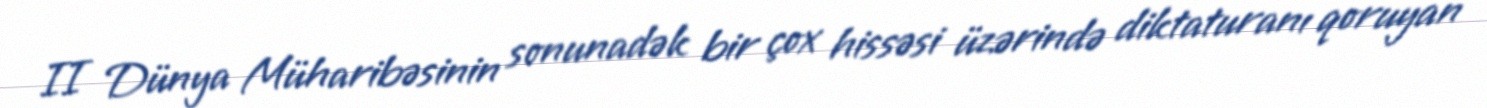
II Dünya Müharibəsinin sonunadək bir çox hissəsi üzərində diktaturanı qoruyan